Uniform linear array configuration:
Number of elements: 8
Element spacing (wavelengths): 1
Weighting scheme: uniform
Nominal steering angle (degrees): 60
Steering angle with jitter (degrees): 59.104
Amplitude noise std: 0.05
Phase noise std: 0.05

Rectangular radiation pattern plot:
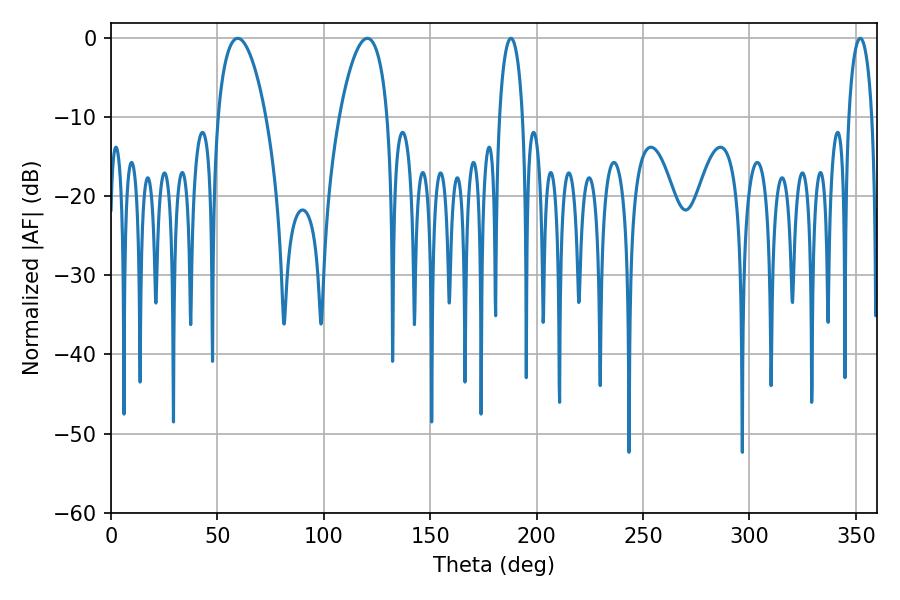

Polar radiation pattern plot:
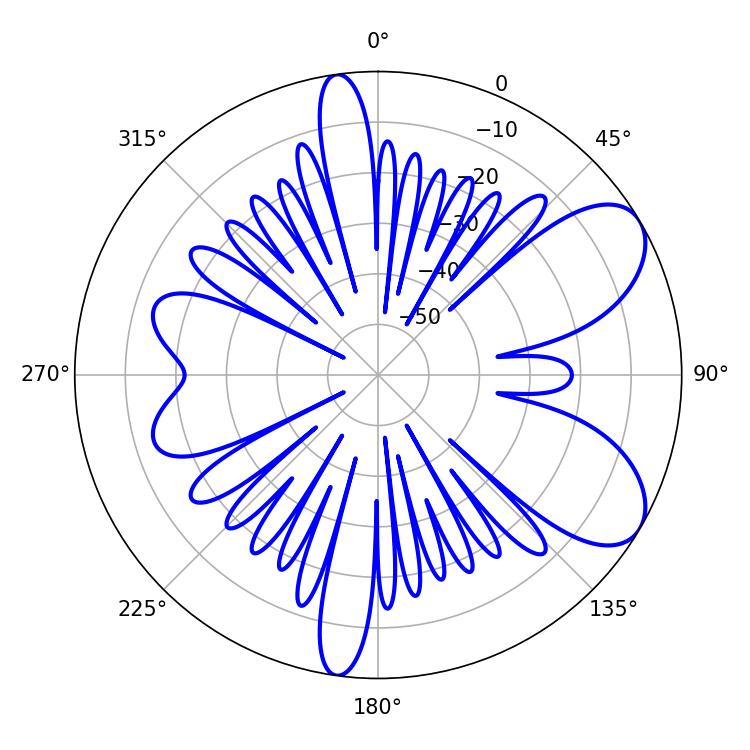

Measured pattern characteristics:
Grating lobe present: TRUE
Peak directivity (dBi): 7.514
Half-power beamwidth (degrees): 6.12
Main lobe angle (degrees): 187.92